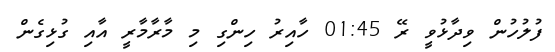
ފުލުހުން ވިދާޅުވީ ރޭ 01:45 ހާއިރު ހިންގި މި މާރާމާރީ އާއި ގުޅިގެން